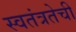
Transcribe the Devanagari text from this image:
स्वतंत्रतेची